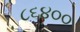
૮૬૪૦૦